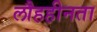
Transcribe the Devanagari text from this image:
लौहहीनता